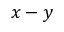
x - y